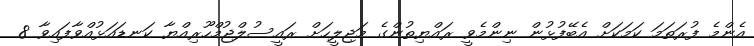
އެންމެ ފުރަތަމަ ކަމަކަށް އެބޭފުޅުން ނިންމެވީ ރައްޔިތުންގެ މަޖިލީހަށް ރައީސުލްޖުމްހޫރިއްޔާ ކަނޑައަޅުއްވާފައިވާ 8